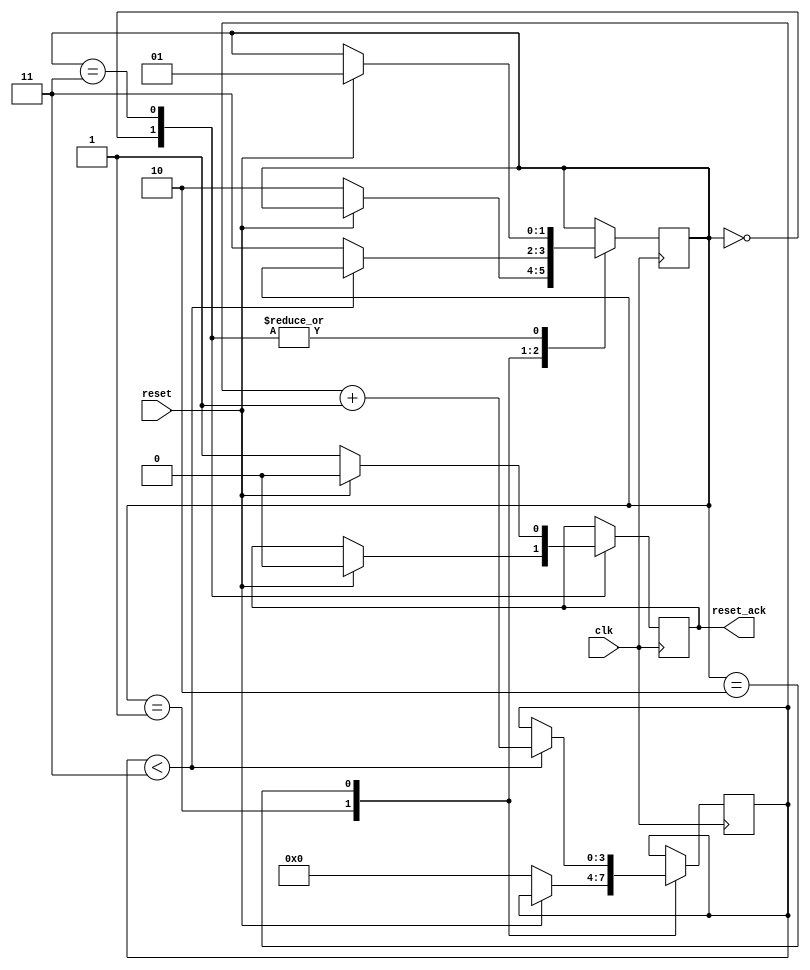
module memory_reset_detector (
    input wire clk,          // Clock signal
    input wire reset,        // Synchronous reset signal (active high)
    output reg reset_ack     // Reset acknowledgment signal
);

    // Parameter for the stabilization time (in clock cycles)
    parameter STABILIZATION_CYCLES = 4; // Change as needed
    reg [1:0] state;            // State register
    reg [3:0] counter;          // Counter for stabilization cycles

    // State encoding
    localparam IDLE            = 2'b00;
    localparam RESET           = 2'b01;
    localparam STABILIZATION   = 2'b10;
    localparam ACKNOWLEDGMENT  = 2'b11;

    // Initial state
    initial begin
        state = IDLE;
        reset_ack = 0;
        counter = 0;
    end

    // Synchronous process
    always @(posedge clk) begin
        case (state)
            IDLE: begin
                if (reset) begin
                    // Transition to RESET state
                    state <= RESET;
                    reset_ack <= 0; // Keep reset_ack low
                end
            end

            RESET: begin
                if (!reset) begin
                    // Transition to STABILIZATION state
                    state <= STABILIZATION;
                    counter <= 0; // Reset counter
                end
                // reset_ack remains low in this state
            end

            STABILIZATION: begin
                if (counter < STABILIZATION_CYCLES - 1) begin
                    counter <= counter + 1; // Increment counter
                end else begin
                    // Transition to ACKNOWLEDGMENT state
                    state <= ACKNOWLEDGMENT;
                end
            end

            ACKNOWLEDGMENT: begin
                reset_ack <= 1; // Assert reset_ack high
                if (reset) begin
                    // If reset is asserted again, go back to RESET state
                    state <= RESET;
                    reset_ack <= 0; // Keep reset_ack low
                end
            end

            default: state <= IDLE; // Default case (safety)

        endcase
    end

endmodule